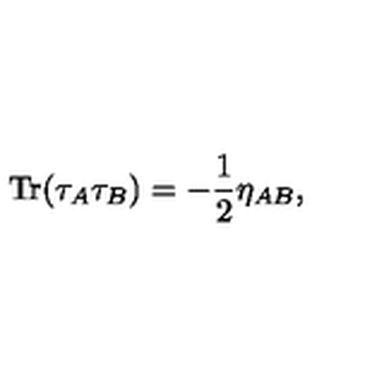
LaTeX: { \mathrm { T r } } ( \tau _ { A } \tau _ { B } ) = - \frac 1 2 \eta _ { A B } ,